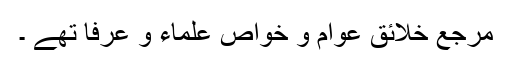
مرجع خلائق عوام و خواص علماء و عرفا تھے ۔